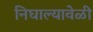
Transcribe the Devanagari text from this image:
निघाल्यावेळी